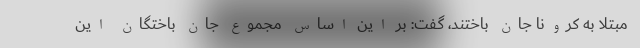
مبتلا به کرونا جان باختند، گفت: بر این اساس مجموع جان باختگان این